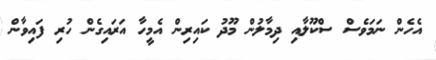
އެހެން ނަމަވެސް ސްކޫލާއި ދިމާލުން މޫދު ކައިރިން އެމީހާ އަރައިގެން ހުރި ފައިވާން